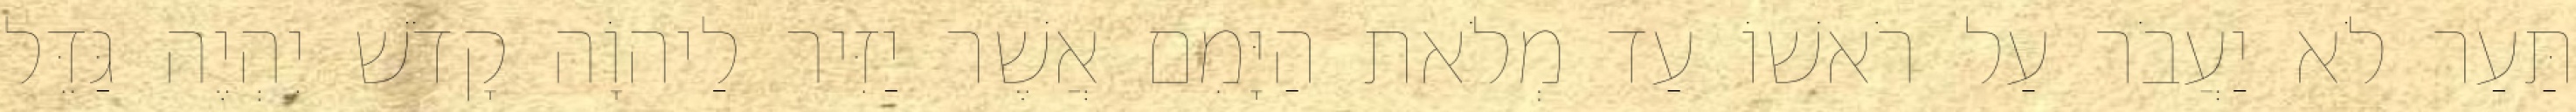
תַּעַר לֹא יַעֲבֹר עַל רֹאשׁוֹ עַד מְלֹאת הַיָּמִם אֲשֶׁר יַזִּיר לַיהוָֹה קָדֹשׁ יִהְיֶה גַּדֵּל